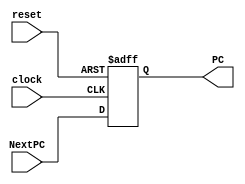
//`timescale 1ns / 1ps
//////////////////////////////////////////////////////////////////////////////////
// Company: BIT
// 
// Design Name: PC
// Module Name: PC
// Project Name: single cycle mips cpu
// Target Devices: 
// Tool Versions: vivado 2019.2
// Description: instruction's address
// 
// Dependencies: 
// 
// Revision:
// Revision 0.01 - File Created
// Additional Comments:
// 
//////////////////////////////////////////////////////////////////////////////////


module PC(
    input clock,
    input reset,
    input [31:0] NextPC,
    output reg[31:0] PC
    );
    
    always @ (posedge clock,posedge reset)
        if(reset)
            PC <= 32'h00400000;
        else
            PC <= NextPC;
    
endmodule